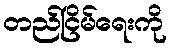
တည်ငြိမ်ရေးကို